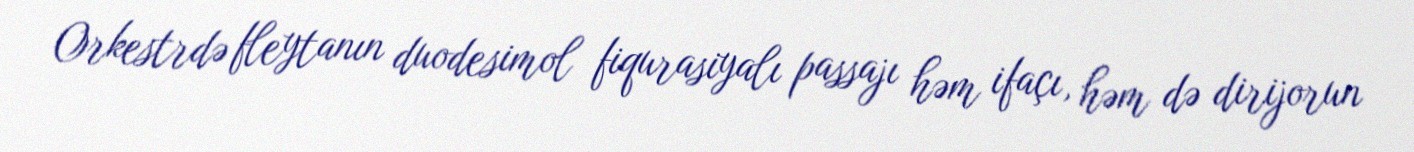
Orkestrdə fleytanın duodesimol fiqurasiyalı passajı həm ifaçı, həm də dirijorun